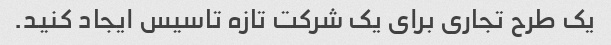
یک طرح تجاری برای یک شرکت تازه تاسیس ایجاد کنید.